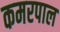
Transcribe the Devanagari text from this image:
कमरपाल